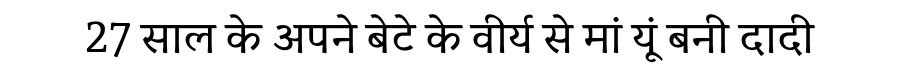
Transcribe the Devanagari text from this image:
27 साल के अपने बेटे के वीर्य से मां यूं बनी दादी